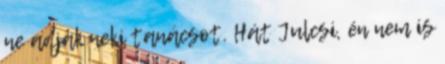
ne adjak neki tanácsot. Hát Julcsi, én nem is